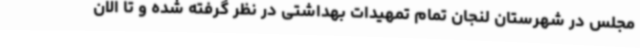
مجلس در شهرستان لنجان تمام تمهیدات بهداشتی در نظر گرفته شده و تا الان